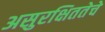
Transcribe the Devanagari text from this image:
असुरक्षिततेचे